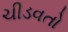
ચીડવતો